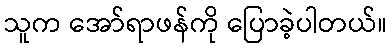
သူက အော်ရာဖန်ကို ပြောခဲ့ပါတယ်။